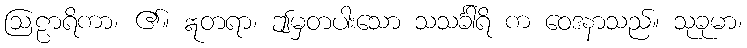
ဩဠာရိကာ၊ ၏။ ဣတရာ၊ ဤမှတပါးသော သသင်္ခါရိ က ဝေဒနာသည်။ သုခုမာ၊